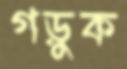
গড়ুক